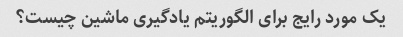
یک مورد رایج برای الگوریتم یادگیری ماشین چیست؟